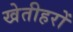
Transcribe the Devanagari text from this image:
खेतीहरों